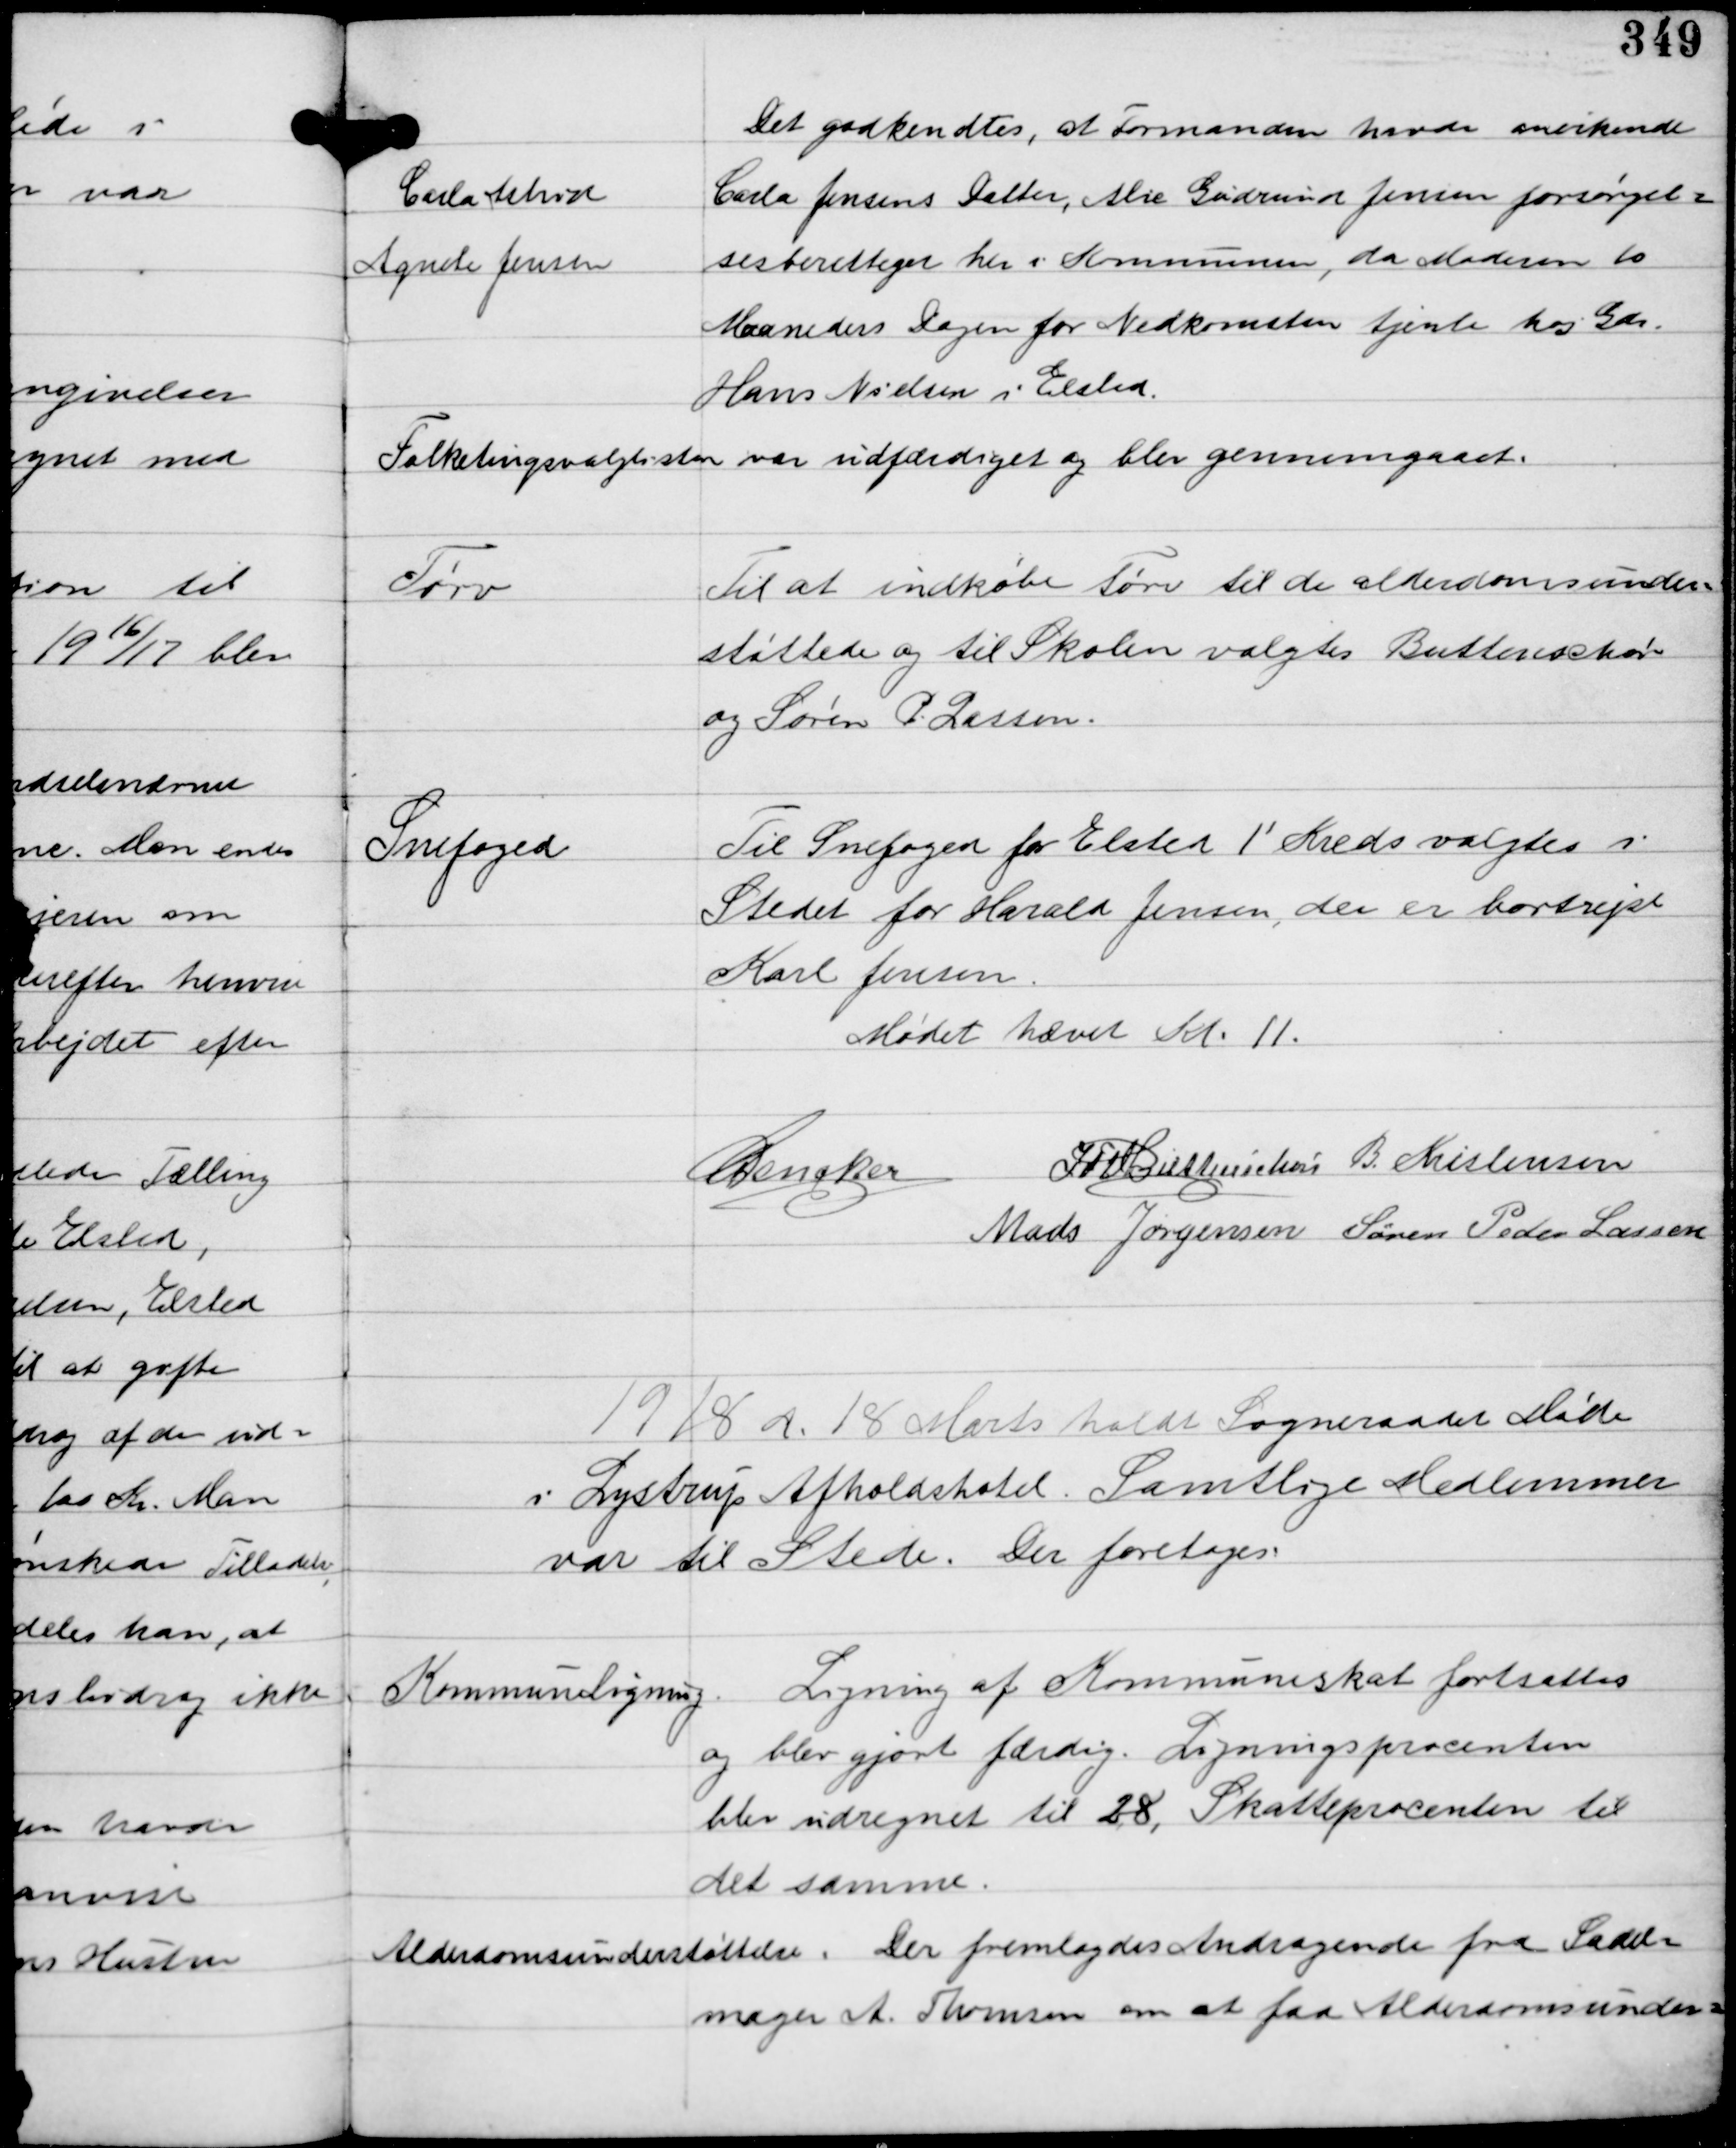
Transskription:
Carla Astrid
Agnete Jensen

Det godkendtes, at Formanden havde anerkendt
Carla Jensens Datter, Alice Gudrund Jensen forsørgel-
sesberettiget her i Kommunen, da Moderen 10
Maaneders Dagen for Nedkomsten tjente hos Gdr.
Hans Nielsen i Elsted.

Folketingsvalglisten var udfærdiget og blev gennemgaaet.

Tørv

Til at indkøbe Tørv til de alderdomsunder-
støttede og til Skolen valgtes Buttenschøn
og Søren P. Lassen.

Snefoged

Til Snefoged for Elsted 1' Kreds valgtes i
Stedet for Harald Jensen, der er bortrejst
Karl Jensen.

Mødet hævet Kl 11.

C Dencker
IFV Buttenschøn B. Kristensen
Mads Jørgensen Søren Peder Lassen

1918 d. 18 Marts holdt Sogneraadet Møde
i Lystrup Afholdshotel. Samtlige Medlemmer
var til Stede. Der foretoges.

Kommuneligning

Ligning af Kommuneskat fortsattes
og blev gjort færdig. Ligningsprocenten
blev udregnet til 28, Skatteprocenten til
det samme.

Alderdomsunderstøttelse.

Der fremlagdes Andragende fra Sadel-
mager A. Thomsen om at faa Alderdomsunder-